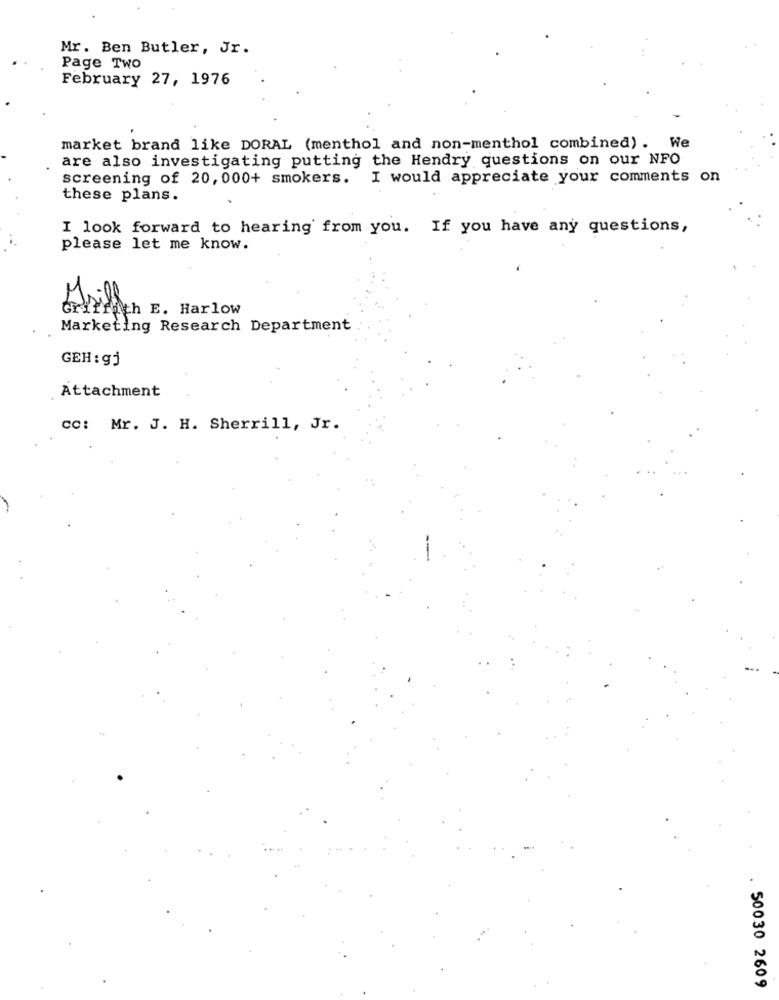
Mr. Ben Butler, Jr.
Page Two
February 27, 1976
market brand like DORAL (menthol and non-menthol combined). We
are also investigating putting the Hendry questions on our NFO
screening of 20, 000+ smokers. I would appreciate your comments on
these plans.
I look forward to hearing from you. If you have any questions,
please let me know.
Griffith E. Harlow
Marketing Research Department
GEH : gj
Attachment
cc: Mr. J. H. Sherrill, Jr.
50030 2609